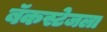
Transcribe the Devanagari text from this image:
बॅकस्टेजला